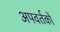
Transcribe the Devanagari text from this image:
अपवर्तकों